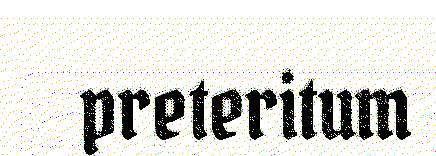
preteritum